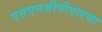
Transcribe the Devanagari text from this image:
एसएनजीपीएलचा